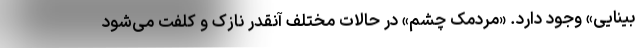
بینایی» وجود دارد. «مردمک چشم» در حالات مختلف آنقدر نازک و کلفت می‌شود